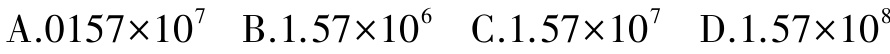
A.$0157\times10^{7}$ B.$1.57\times10^{6}$ C.$1.57\times10^{7}$ D.$1.57\times10^{8}$